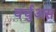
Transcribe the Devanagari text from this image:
वर्चुअस